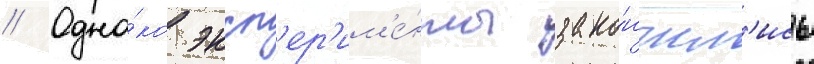
// Одна́ко эксп'ер'им'е́нты зако́нчил'ись